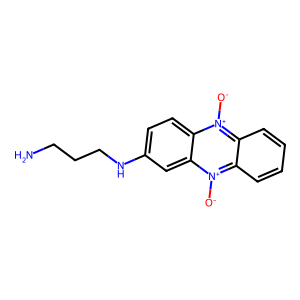
SMILES: NCCCNc1ccc2c(c1)[n+]([O-])c1ccccc1[n+]2[O-]
Inhibits HIV replication: No